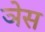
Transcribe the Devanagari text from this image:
ञेस